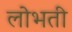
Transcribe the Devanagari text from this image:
लोभती